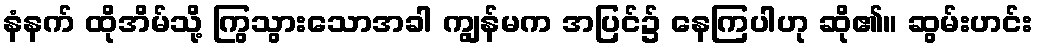
နံနက် ထိုအိမ်သို့ ကြွသွားသောအခါ ကျွန်မက အပြင်၌ နေကြပါဟု ဆို၏။ ဆွမ်းဟင်း